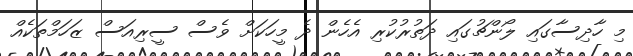
މި ހާދިސާގައި ލޯންޗުގައި ދަތުރުކުރި އެހެން ދެ މީހަކަށް ވެސް ސީރިއަސް ޒަހަމްތަކެއް